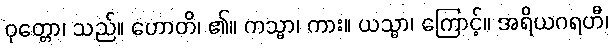
ဝုတ္တော၊ သည်။ ဟောတိ၊ ၏။ ကသ္မာ၊ ကား။ ယသ္မာ၊ ကြောင့်။ အရိယဂရဟီ၊